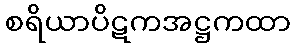
စရိယာပိဋကအဋ္ဌကထာ